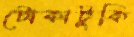
টোকাটুকি